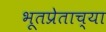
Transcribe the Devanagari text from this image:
भूतप्रेताच्या